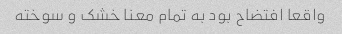
واقعا افتضاح بود به تمام معنا خشک و سوخته